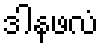
ဒါနဖလံ